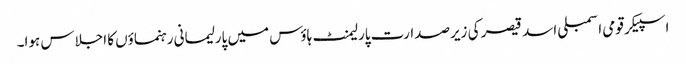
اسپیکر قومی اسمبلی اسد قیصر کی زیرصدارت پارلیمنٹ ہاؤس میں پارلیمانی رہنماؤں کا اجلاس ہوا۔